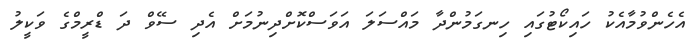
އެހެންވުމާއެކު ހައިކޯޓުގައި ހިނގަމުންދާ މައްސަލަ އަވަސްކޮށްދިނުމަށް އެދި ސޭވް ދަ ޑްރީމްގެ ވަކީލު